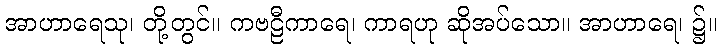
အာဟာရေသု၊ တို့တွင်။ ကဗဠီကာရေ၊ ကာရဟု ဆိုအပ်သော။ အာဟာရေ၊ ၌။